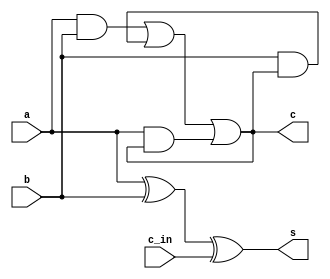
`timescale 1ns / 1ps

module FA_gate_level(
    input a,
    input b,
    input c_in,
    output s,
    output c
    );
    wire and1, and2, and3;
    xor x1(s,a,b,c_in);
    and a1(and1,a,b);
    and a2(and2,b,c);
    and a3(and3,a,c);
    or o1(c,and1,and2,and3);
endmodule